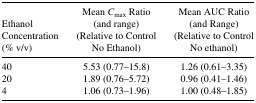
| Ethanol Concentration (% v/v) | Mean Cmax Ratio (and range) (Relative to Control No Ethanol) | Mean AUC Ratio (and Range) (Relative to Control No ethanol) |
 | --- | --- | --- |
 | 40 | 5.53 (0.77–15.8) | 1.26 (0.61–3.35) |
 | 20 | 1.89 (0.76–5.72) | 0.96 (0.41–1.46) |
 | 4 | 1.06 (0.73–1.96) | 1.00 (0.48–1.85) |